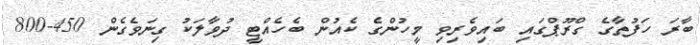
ބާރަ ހަފުތާގެ ގްރޫޕްގައި ބައިވެރިވި މީހުންގެ ކެއުން ބެހެއްޓީ ދުވާލަކު ގިނަވެގެން 450-800